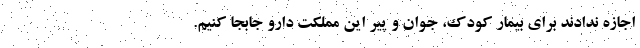
اجازه ندادند برای بیمار کودک، جوان و پیر این مملکت دارو جابجا کنیم.